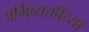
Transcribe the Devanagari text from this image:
अभिव्यक्तींच्या